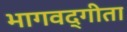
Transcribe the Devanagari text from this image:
भागवद्गीता